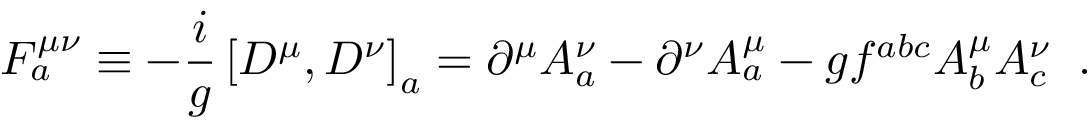
{ \cal F } _ { a } ^ { \mu \nu } \equiv - { \frac { i } { g } } \left\lbrack { \cal D } ^ { \mu } , { \cal D } ^ { \nu } \right\rbrack _ { a } = \partial ^ { \mu } { \cal A } _ { a } ^ { \nu } - \partial ^ { \nu } { \cal A } _ { a } ^ { \mu } - g f ^ { a b c } { \cal A } _ { b } ^ { \mu } { \cal A } _ { c } ^ { \nu } \; \; .